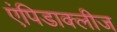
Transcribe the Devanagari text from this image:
एंपिडाक्लीज